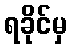
ရခိုင်မှ